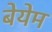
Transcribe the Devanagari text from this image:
बेयेम